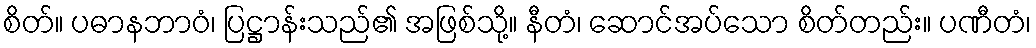
စိတ်။ ပဓာနဘာဝံ၊ ပြဋ္ဌာန်းသည်၏ အဖြစ်သို့။ နီတံ၊ ဆောင်အပ်သော စိတ်တည်း။ ပဏီတံ၊